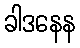
ခါဒနေန